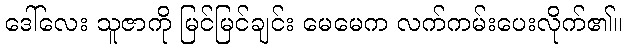
ဒေါ်လေး သူဇာကို မြင်မြင်ချင်း မေမေက လက်ကမ်းပေးလိုက်၏။